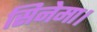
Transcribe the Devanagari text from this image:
सिनेमा।